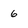
Character: 6